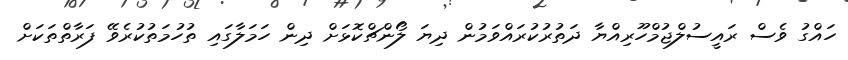
ހައްގު ވެސް ރައީސުލްޖުމްހޫރިއްޔާ ދަތުރުކުރައްވަމުން ދިޔަ ލޯންޗްކޮޅަށް ދިން ހަމަލާގައި ތުހުމަތުކުރެވޭ ފަރާތްތަކަށް